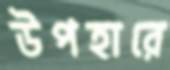
উপহারে